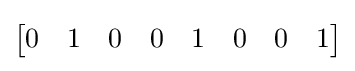
{\begin{bmatrix}0&1&0&0&1&0&0&1\end{bmatrix}}